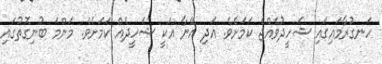
ހަނގުރާމައިގައި ޝަހީދުވެއްޖެ ކަމަށެވެ. އަދި އޭނާ އަކީ ޝަހީދެއް ކަމަށެވެ. މަންމަ ބުނިގޮތުގައި